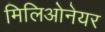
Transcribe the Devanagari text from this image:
मिलिओनेयर